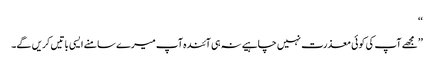
‘‘
’’مجھے آپ کی کوئی معذرت نہیں چاہیے نہ ہی آئندہ آپ میرے سامنے ایسی باتیں کریں گے۔